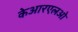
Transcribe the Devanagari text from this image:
केआरएलओ